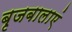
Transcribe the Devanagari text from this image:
बृजबालाएं